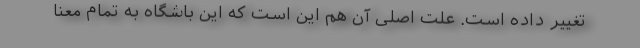
تغییر داده است. علت اصلی آن هم این است که این باشگاه به تمام معنا